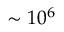
\sim 1 0 ^ { 6 }